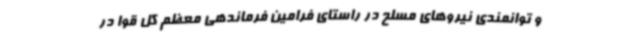
و توانمندی نیروهای مسلح در راستای فرامین فرماندهی معظم کل قوا در